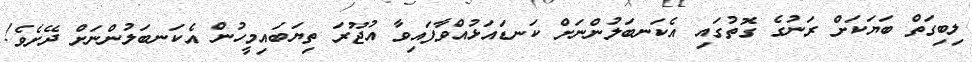
ލިބިގަތް ބަޔަކަށް ރަނުގެ ގޮތުގައި އެކަނބަލުންނަށް ކަނޑައަޅުއްވާފައިވާ އުޖޫރަ ތިޔަބައިމީހުން އެކަނބަލުންނަށް ދޭށެވެ!